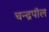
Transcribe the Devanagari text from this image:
चन्द्रपॉल